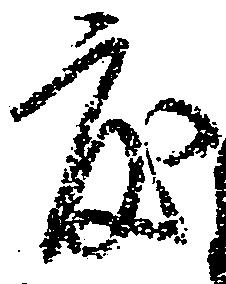
度